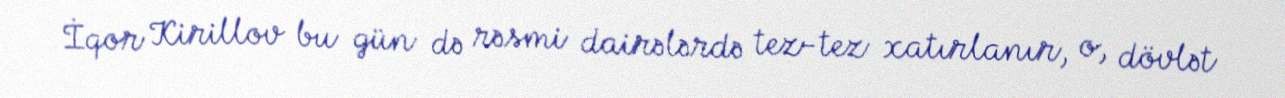
İqor Kirillov bu gün də rəsmi dairələrdə tez-tez xatırlanır, o, dövlət